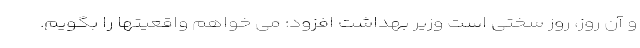
و آن روز، روز سختی است وزیر بهداشت افزود: می خواهم واقعیتها را بگویم.